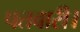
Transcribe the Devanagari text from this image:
पतवारी।